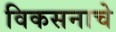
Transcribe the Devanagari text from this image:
विकसनाचे